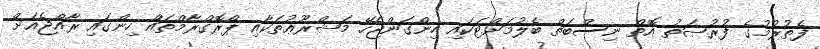
ފެތުރުމުގެ ފުރުޞަތު އޮތް ނިސްބަތް ބެލުމަށްޓަކައި ހިންގަންޖެހޭ މަޝްރޫޢުތަކާއި ޕްރޮގްރާމްތައް ހިންގައި ރާއްޖެއަށް